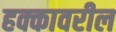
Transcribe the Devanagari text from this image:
हक्कावरील